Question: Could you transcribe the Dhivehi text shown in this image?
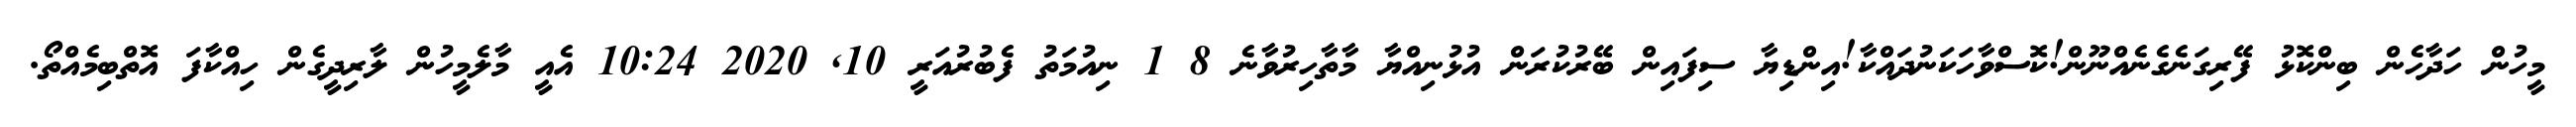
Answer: މީހުން ހަދާހެން ބިންކޮޅު ފޭރިގަނެގެނެއްނޫން!ކޮސްވާހަކަނުދައްކާ!އިންޑިޔާ ސިފައިން ބޭރުކުރަން އުޅުނިއްޔާ މާތާހިރުވާނެ 8 1 ނިއުމަތު ފެބުރުއަރީ 10, 2020 10:24 އެއީ މާލެމީހުން ލާރިދީގެން ހިއްކާފަ އޮތްބިމެއްތޯ.